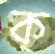
ক্